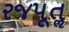
રજપૂતૢ